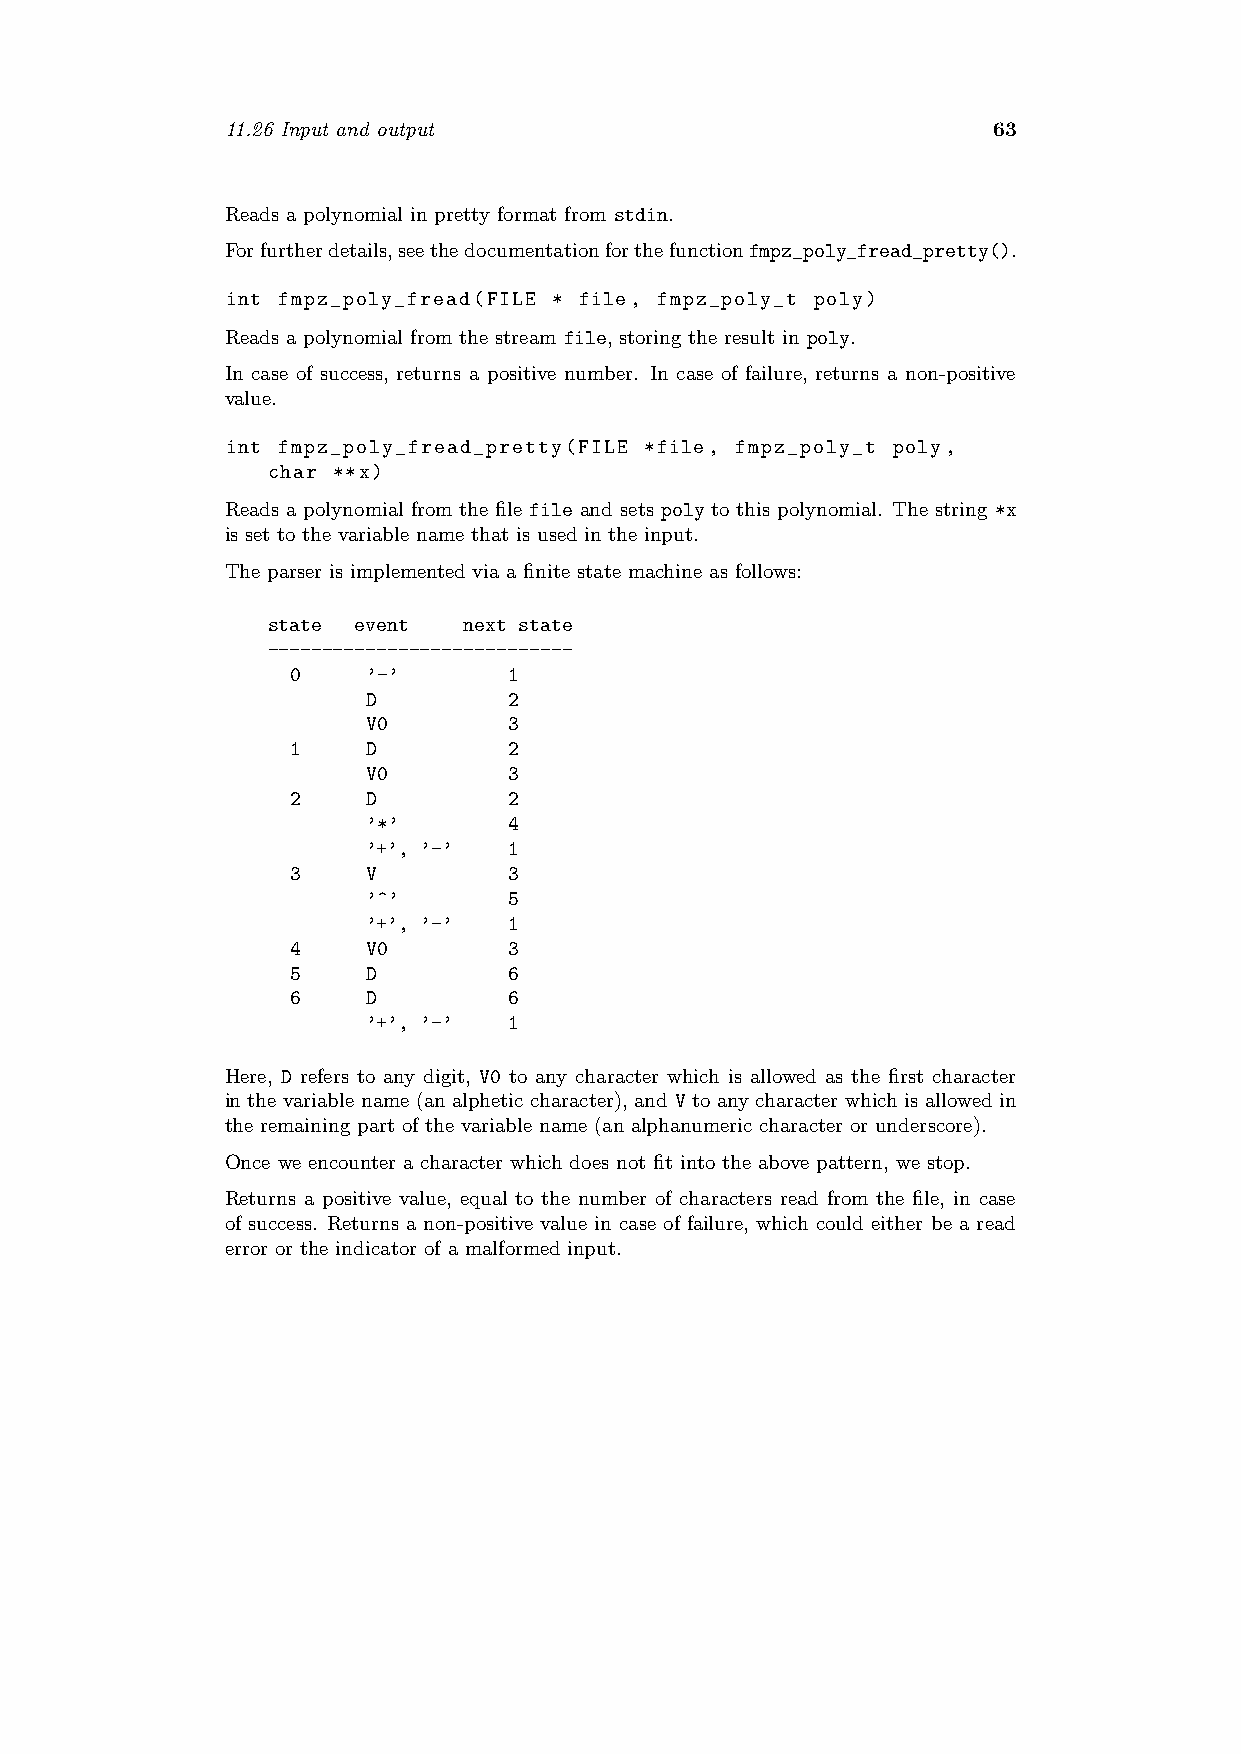
11.26 Input and output                             63
 Reads a polynomial in pretty format from stdin.
 Forfurtherdetails,seethedocumentationforthefunctionfmpz_poly_fread_pretty().
 int fmpz_poly_fread(FILE * file, fmpz_poly_t poly)
 Reads a polynomial from the stream file, storing the result in poly.
 In case of success, returns a positive number. In case of failure, returns a non-positive
 value.
 int fmpz_poly_fread_pretty(FILE *file, fmpz_poly_t poly,
 char **x)
 Reads a polynomial from the file file and sets poly to this polynomial. The string *x
 is set to the variable name that is used in the input.
 The parser is implemented via a finite state machine as follows:
 state event  next state
 ----------------------------
 0    ’-’       1
 D         2
 V0        3
 1    D         2
 V0        3
 2    D         2
 ’*’       4
 ’+’, ’-’  1
 3    V         3
 ’^’       5
 ’+’, ’-’  1
 4    V0        3
 5    D         6
 6    D         6
 ’+’, ’-’  1
 Here, D refers to any digit, V0 to any character which is allowed as the first character
 in the variable name (an alphetic character), and V to any character which is allowed in
 the remaining part of the variable name (an alphanumeric character or underscore).
 Once we encounter a character which does not fit into the above pattern, we stop.
 Returns a positive value, equal to the number of characters read from the file, in case
 of success. Returns a non-positive value in case of failure, which could either be a read
 error or the indicator of a malformed input.